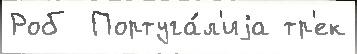
Роб  Португа́л'иjа тр'ек